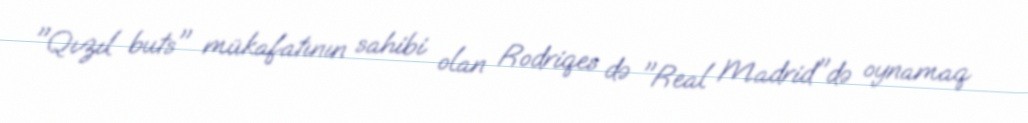
"Qızıl buts" mükafatının sahibi olan Rodriqes də "Real Madrid"də oynamaq